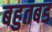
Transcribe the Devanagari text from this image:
बहुतबड